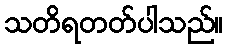
သတိရတတ်ပါသည်။